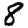
Digit: 8